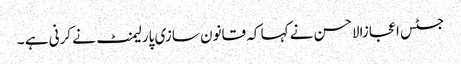
جسٹس اعجازالاحسن نے کہا کہ قانون سازی پارلیمنٹ نے کرنی ہے ۔